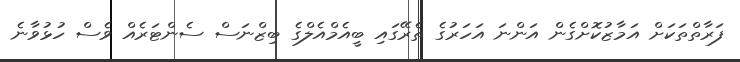
ފަރާތްތަކަށް އަމާޒުކޮށްގެން އަންނަ އަހަރުގެ ތެރޭގައި ބީއެމްއެލްގެ ބިޒްނަސް ސެންޓަރެއް ވެސް ހުޅުވާނެ